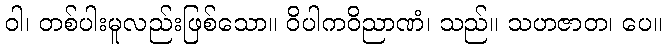
ဝါ၊ တစ်ပါးမူလည်းဖြစ်သော။ ဝိပါကဝိညာဏံ၊ သည်။ သဟဇာတ၊ ပေ။